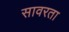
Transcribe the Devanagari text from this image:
सावरता